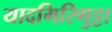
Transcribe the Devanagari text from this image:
यादगिरिगुट्टा